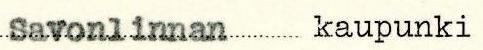
Savonlinnan kaupunki